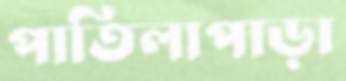
পাতিলাপাড়া